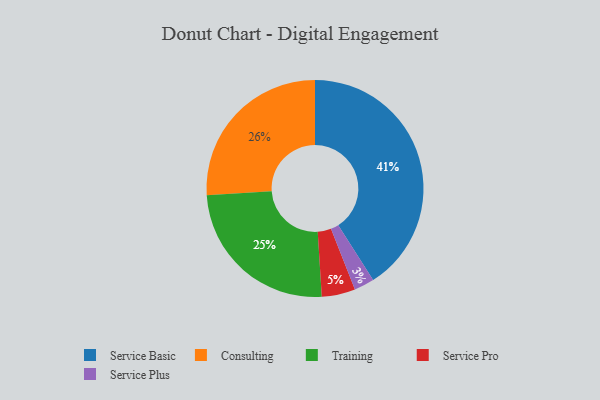
{"axis": {"x": "Category", "y": "Percentage"}, "legend": ["Consulting", "Service Basic", "Service Plus", "Service Pro", "Training"], "data": [{"x": "Service Basic", "y": 41, "type": "Service Basic"}, {"x": "Service Pro", "y": 5, "type": "Service Pro"}, {"x": "Consulting", "y": 26, "type": "Consulting"}, {"x": "Service Plus", "y": 3, "type": "Service Plus"}, {"x": "Training", "y": 25, "type": "Training"}]}